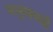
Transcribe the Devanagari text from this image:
मधुमाधवी